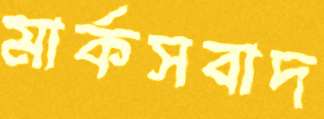
মার্কসবাদ